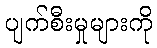
ပျက်စီးမှုများကို